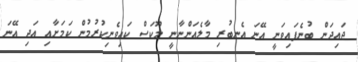
ޖައިދަން ބުނެފައިވަނީ އޭނަ އެނބުރި މާލެއަންނާނީ ލޫކަސް ކައިވެނިކުރުމުން ކަމަށާއި އަދި އޭނަ